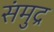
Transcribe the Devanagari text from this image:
संमुद्र